Trukikaitis_Postimees, lk 3
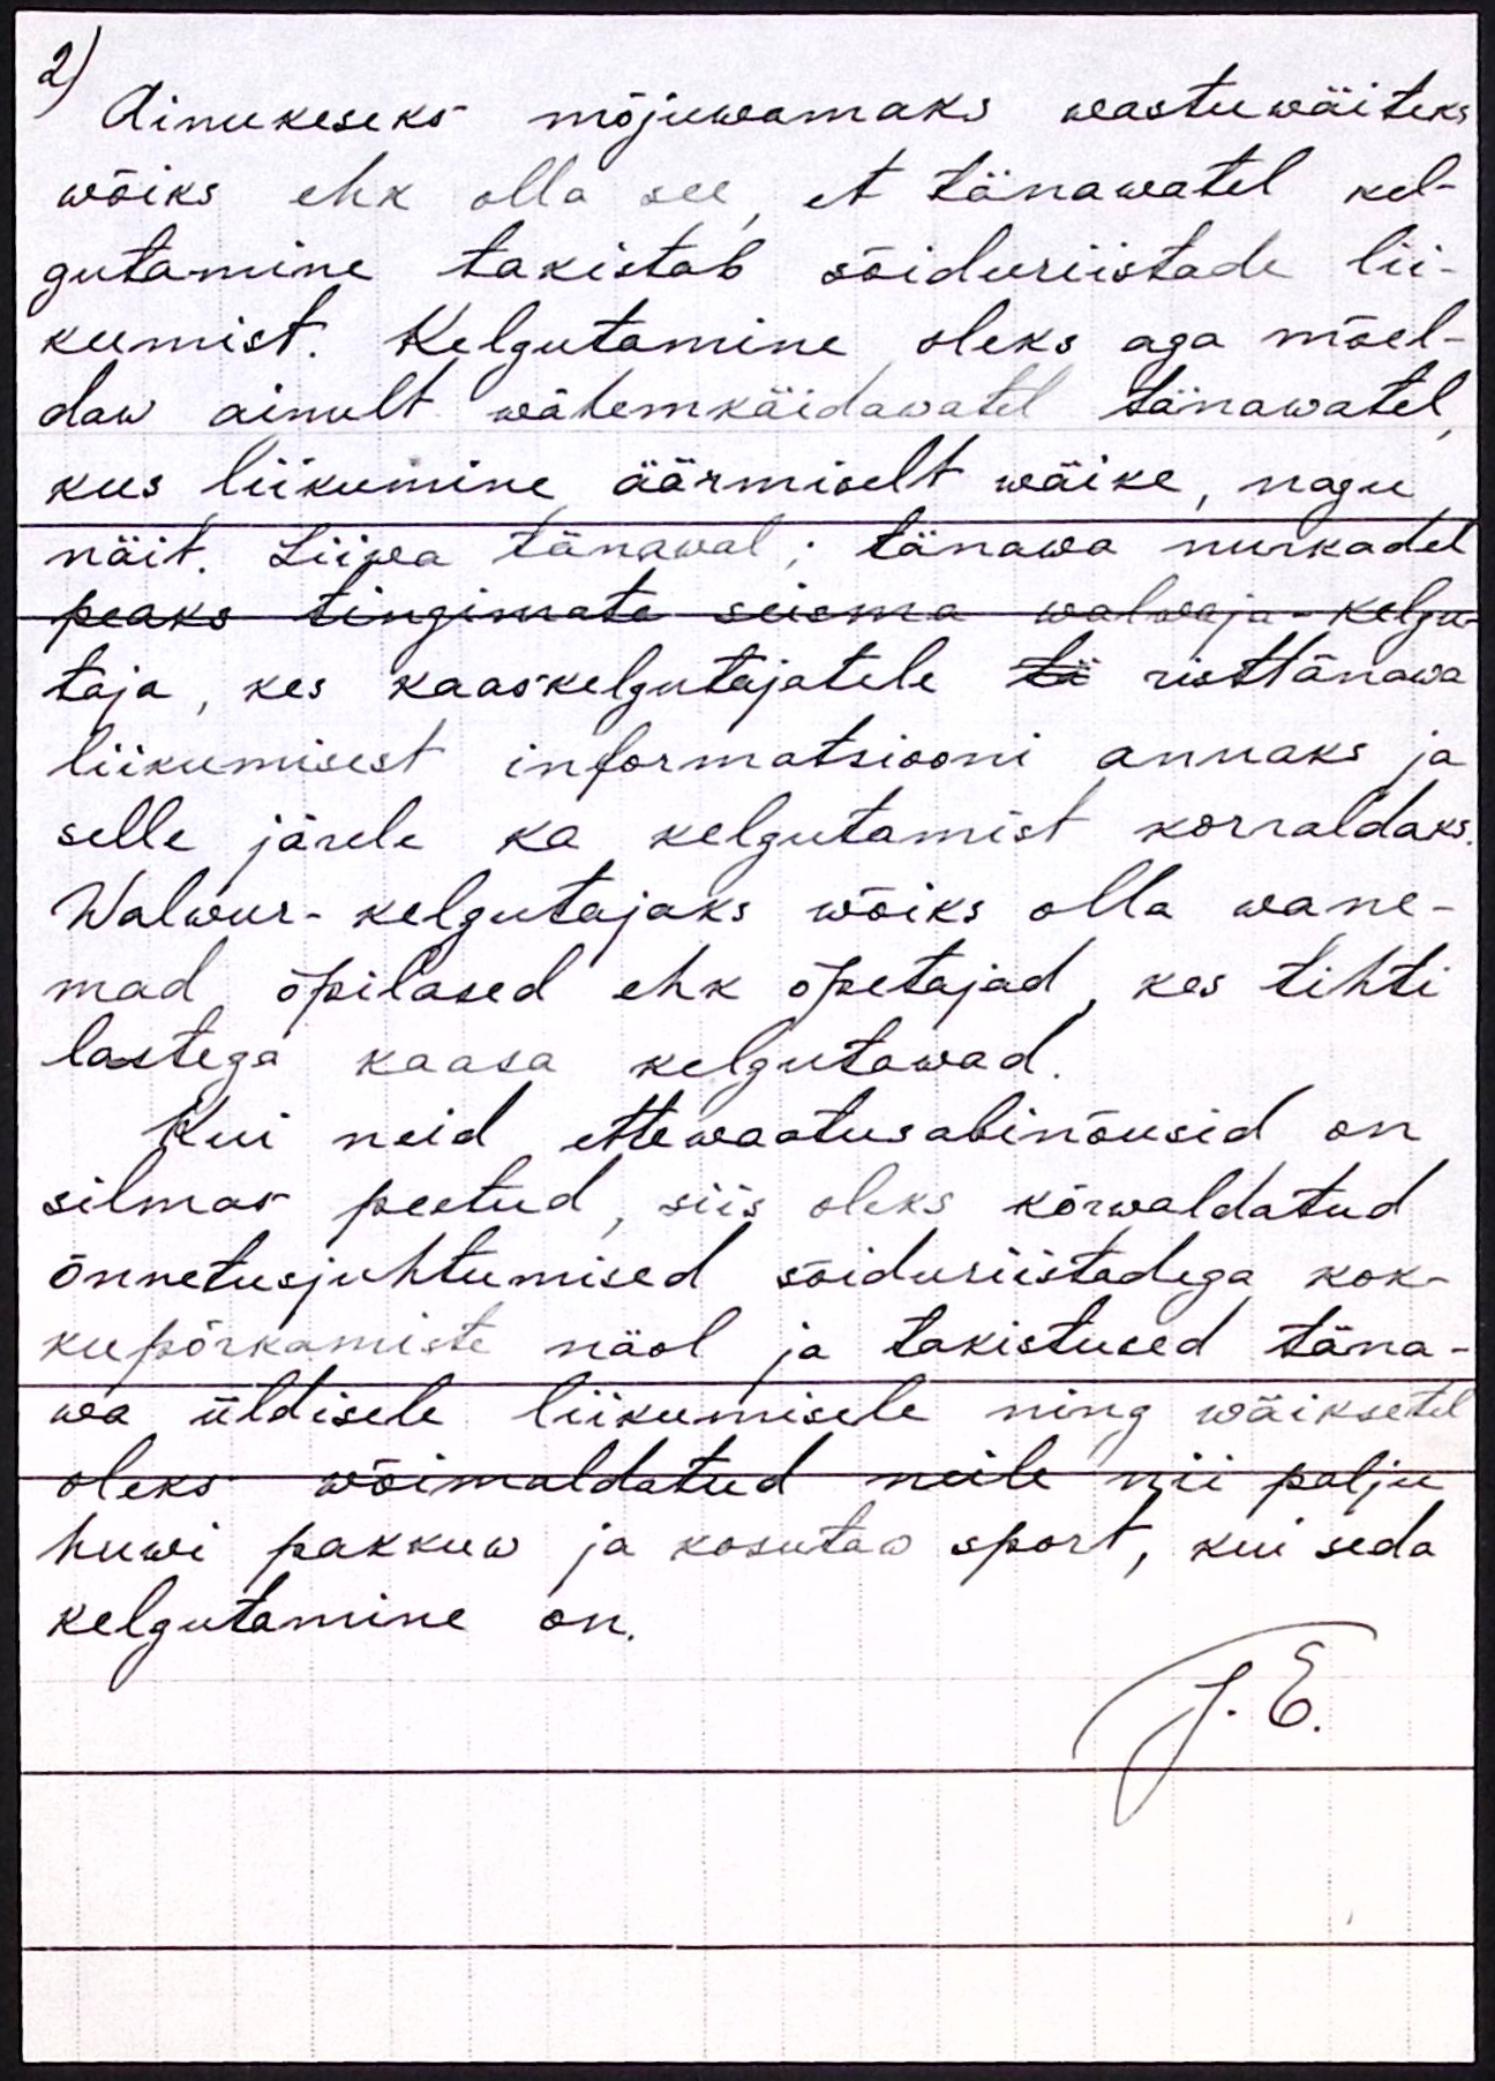
2) Ainukeseks mõjuwamaks wastuwäiteks
wõiks ehk olla see, et tänawatel keel-
gutamine takistab sõiduriistade lii-
kumist. Kelgutamine oleks aga mõel-
daw ainult wähemkäidawatel tänawatel,
kus liikumine äärmiselt wäike, nagu
näit. Liiwa tänaval: tänawa nurkadel
peaks tingimate seisma walwaja-kelgu-
taja, kes kaaskelgutajatele tii risttänawa
liikumisest informatsiooni annaks ja
selle järele ka kelgutamist korraldaks.
Walwur-kelgutajaks wõiks olla wane-
mad õpilased ehk õpetajad, kes tihti
lastega kaasa kelgutawad.
Kui neid ettewaatusabinõusid on
silmas peetud, siis oleks kõrwaldatud
õnnetusjuhtumised sõiduriistadega kok-
kupõrkamiste näol ja takistused täna-
wa üldisele liikumisele ning wäiksetel
oleks wõimaldatud neile nii palju
huwi pakkuw ja kasutaw sport, kui seda
kelgutamine on.
T.E.